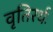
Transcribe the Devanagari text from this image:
वृतिरर्थः